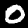
Digit: 0